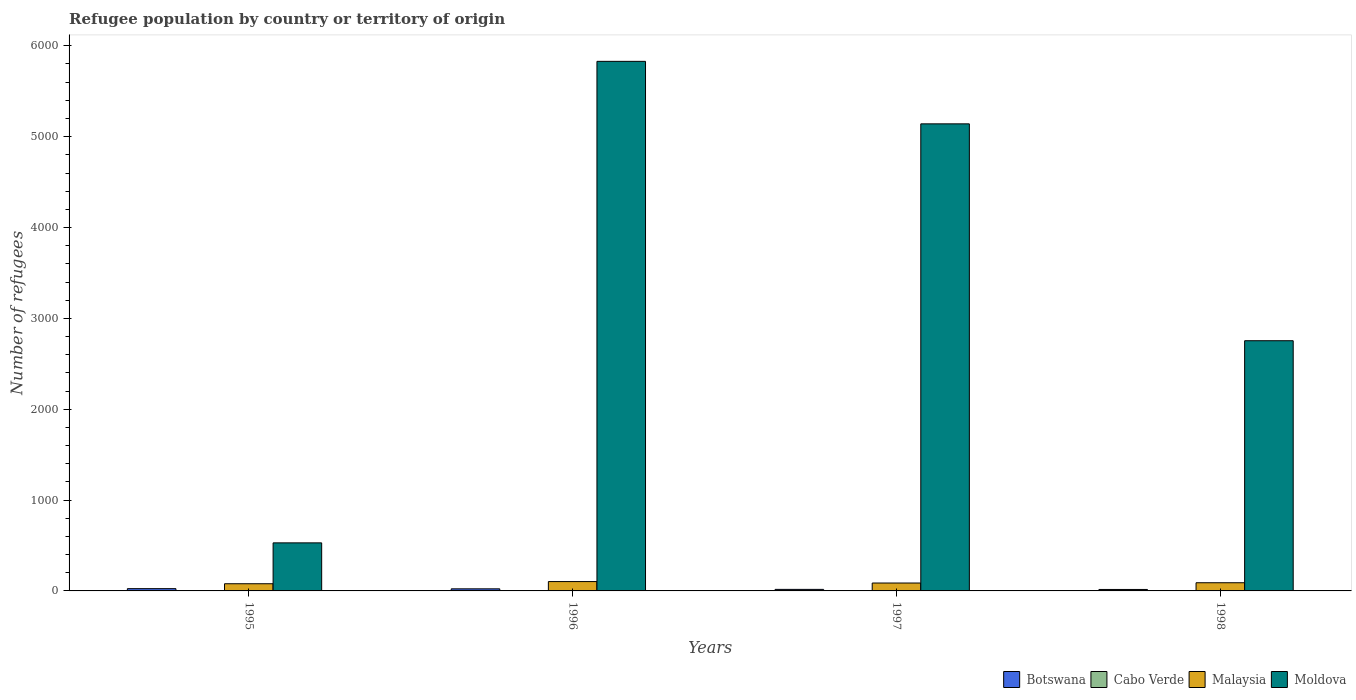
| Years | Botswana | Cabo Verde | Malaysia | Moldova |
 | --- | --- | --- | --- | --- |
 | 1995 | 25 | 1 | 79 | 529 |
 | 1996 | 23 | 2 | 103 | 5.83e+03 |
 | 1997 | 17 | 2 | 87 | 5.14e+03 |
 | 1998 | 16 | 1 | 90 | 2.75e+03 |